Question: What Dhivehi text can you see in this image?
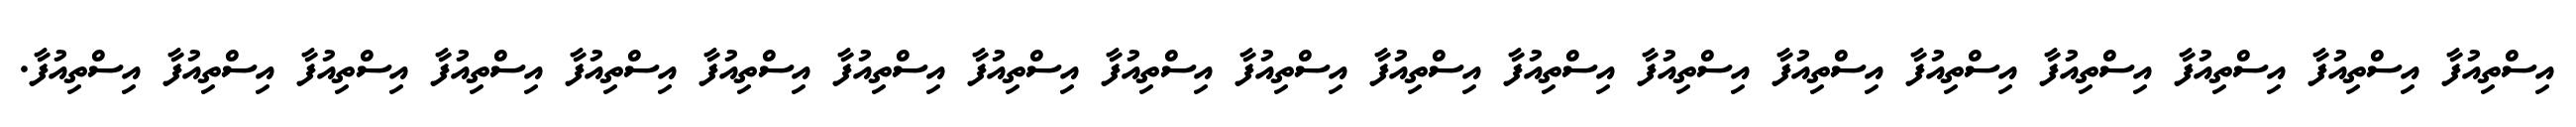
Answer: އިސްތިއުފާ އިސްތިއުފާ އިސްތިއުފާ އިސްތިއުފާ އިސްތިއުފާ އިސްތިއުފާ އިސްތިއުފާ އިސްތިއުފާ އިސްތިއުފާ އިސްތިއުފާ އިސްތިއުފާ އިސްތިއުފާ އިސްތިއުފާ އިސްތިއުފާ އިސްތިއުފާ އިސްތިއުފާ އިސްތިއުފާ އިސްތިއުފާ އިސްތިއުފާ.